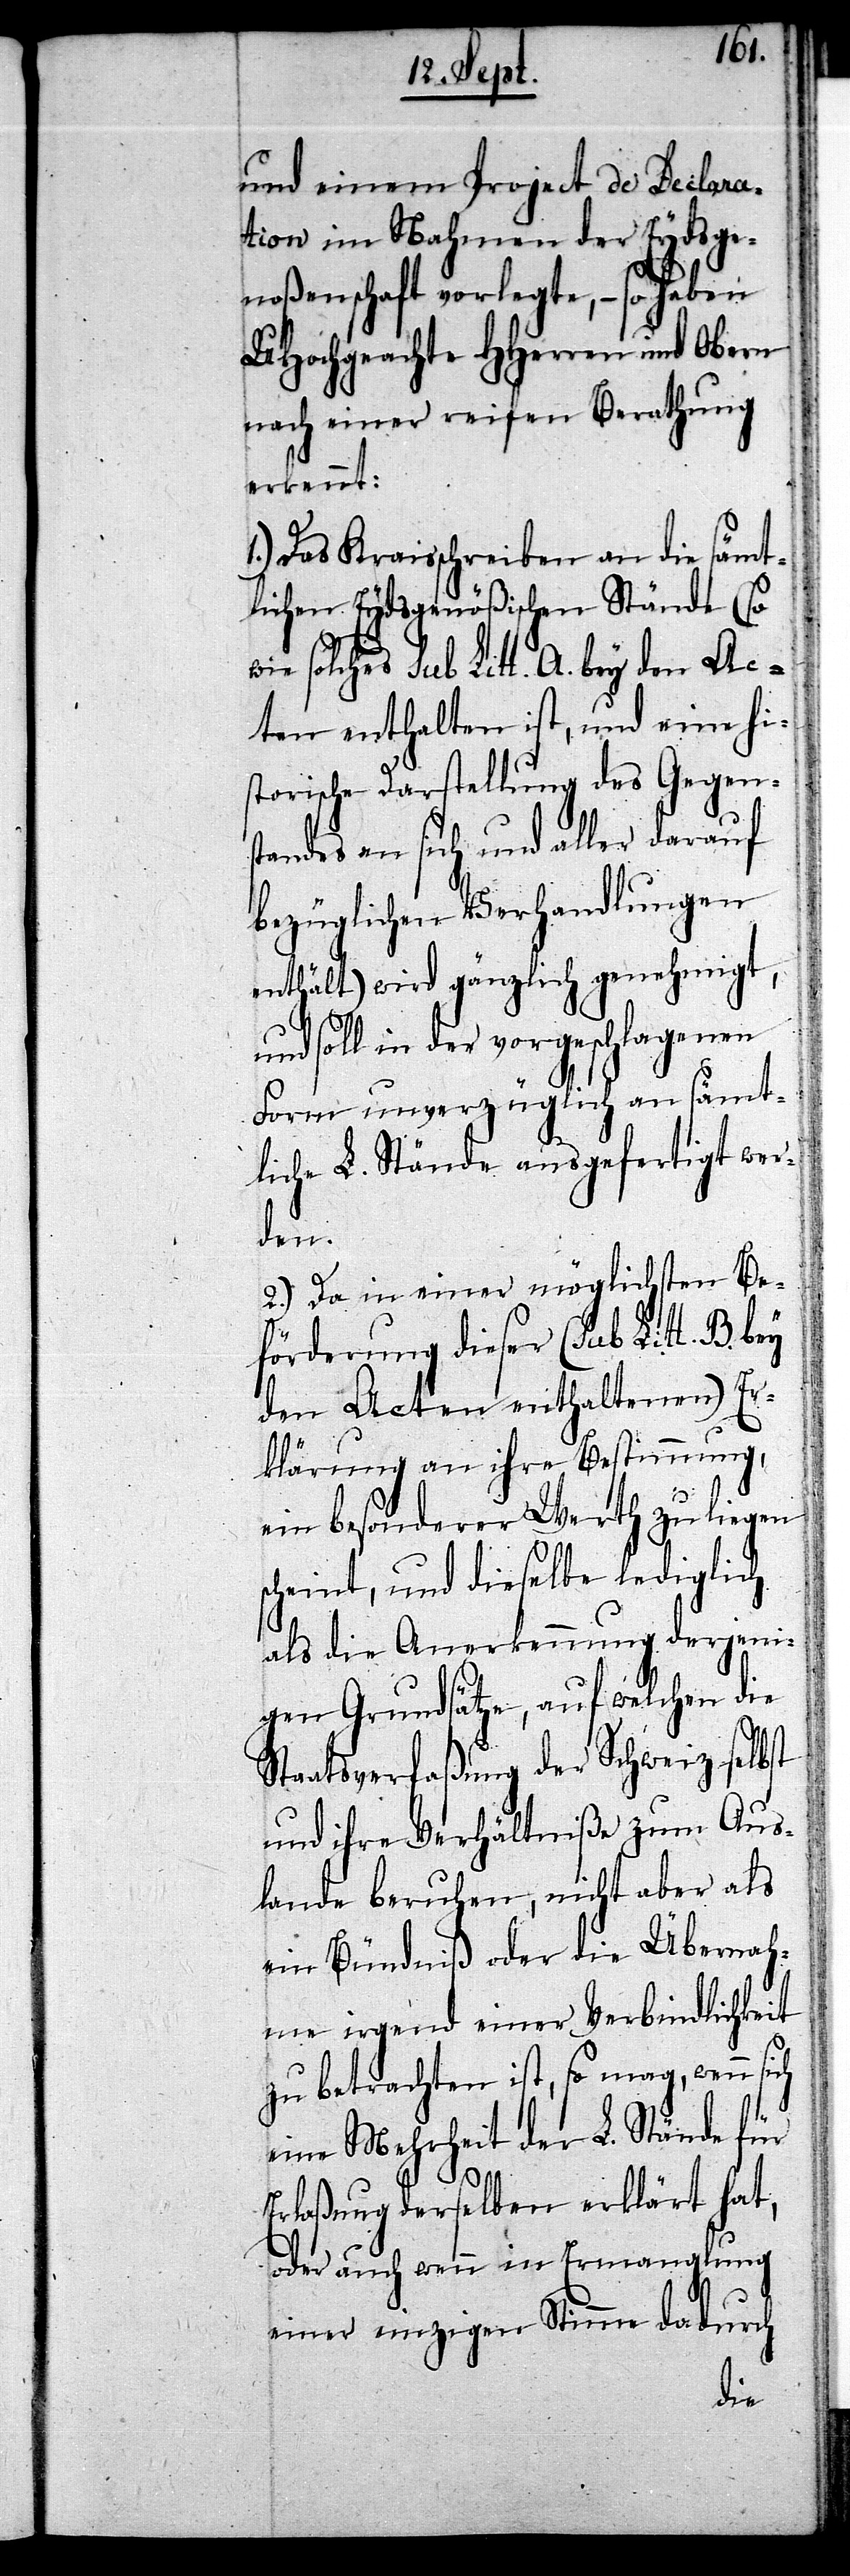
und einem Project de Declara¬
tion in Nahmen der Eydsge¬
noßenschaft vorlegte, – so haben
UHochgeachte HHerren und Obern
nach einer reifen Berathung
erkennt:
1.) Das Kraisschreiben an die sämt¬
lichen Eydsgenößischen Stände (so
wie solches sub Litt. A. bey den A¬
cten enthalten ist, und eine his¬
torische Darstellung des Gegen¬
standes an sich und aller darauf
bezüglichen Verhandlungen
enthält) wird gänzlich genehmigt,
und soll in der vorgeschlagenen
Form unverzüglich an sämt¬
liche L. Stände ausgefertigt wer¬
den.
2.) Da in einer möglichsten Be¬
förderung dieser (sub Litt. B. bey
den Acten enthaltenen) Er¬
klärung an ihre Bestimmung,
ein besonderer Werth zu liegen
scheint, und dieselbe lediglich
als die Anerkennung derjeni¬
gen Grundsätze, auf welchen die
Staatsverfaßung der Schweiz selbst
und ihre Verhältniße zum Aus¬
lande beruhen, nicht aber als
ein Bündniß oder die Übernah¬
me irgend einer Verbindlichkeit
zu betrachten ist, so mag, wenn
eine Mehrheit der L. Stände für
Erlaßung derselben erklärt hat,
oder auch wenn in Ermanglung
einer einzigen Stimme do. durch